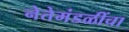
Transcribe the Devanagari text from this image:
नेतेमंडळींचा